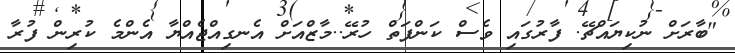
"ބާރަށް ނުކިޔައްޗޭ. ފާރުގައި ވެސް ކަންފަތް ހުރޭ..މާޒްއަށް އެނގިއްޖެއްޔާ އެންމެ ކުރިން ފުރާ